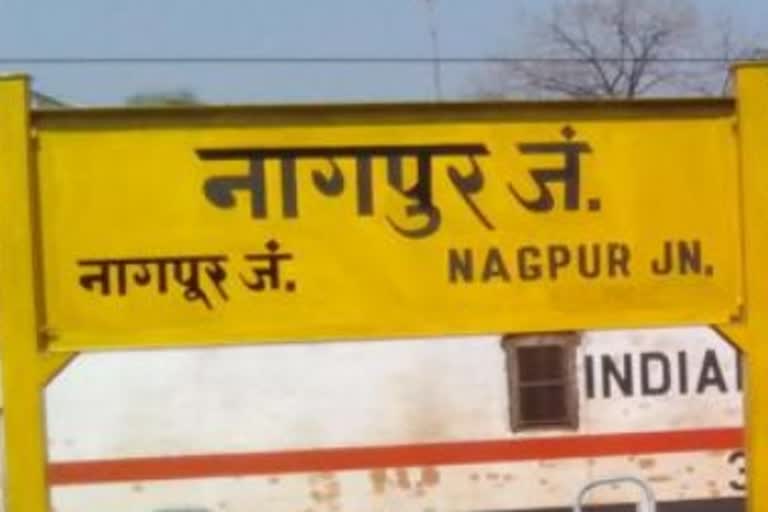
Language: marathi
Transcription: नागपूर जं. नागपूर जं.